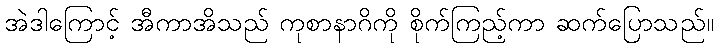
အဲဒါကြောင့် အီကာအိသည် ကုစာနာဂိကို စိုက်ကြည့်ကာ ဆက်ပြောသည်။